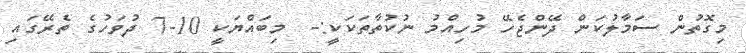
މިގޮތުން ސަމާލުކަން ދޭންޖެހޭ މުހިއްމު ނުކުތާތަކަކީ:-  މިބައްޔަކީ 10-7 ދުވަހުގެ ތެރޭގައި